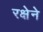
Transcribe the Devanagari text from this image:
रक्षेने